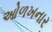
ઓળખનાર